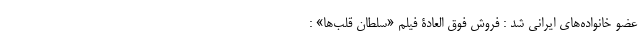
عضو خانواده‌های ایرانی شد : فروش فوق العادۀ فیلم «سلطان قلب‌ها» :